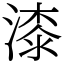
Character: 漆